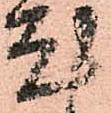
尤